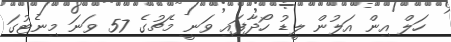
ހަލް އިން އަލުން ލީޑު ހޯދާފައި ވަނީ މެޗުގެ 57 ވަނަ މިނެޓުގަ